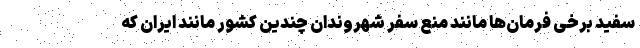
سفید برخی فرمان‌ها مانند منع سفر شهروندان چندین کشور مانند ایران که